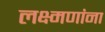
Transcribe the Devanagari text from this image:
लक्ष्मणांना